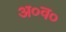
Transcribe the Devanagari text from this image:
अ०व०